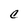
Character: c